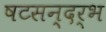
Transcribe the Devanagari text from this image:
षटसन्दर्भ